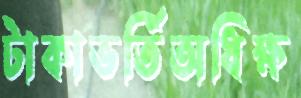
টাকাভর্তিঅধিক্ষ